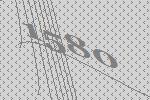
1580